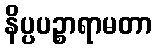
နိပ္ပပဉ္စာရာမတာ